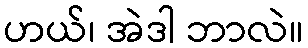
ဟယ်၊ အဲဒါ ဘာလဲ။